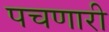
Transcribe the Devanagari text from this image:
पचणारी